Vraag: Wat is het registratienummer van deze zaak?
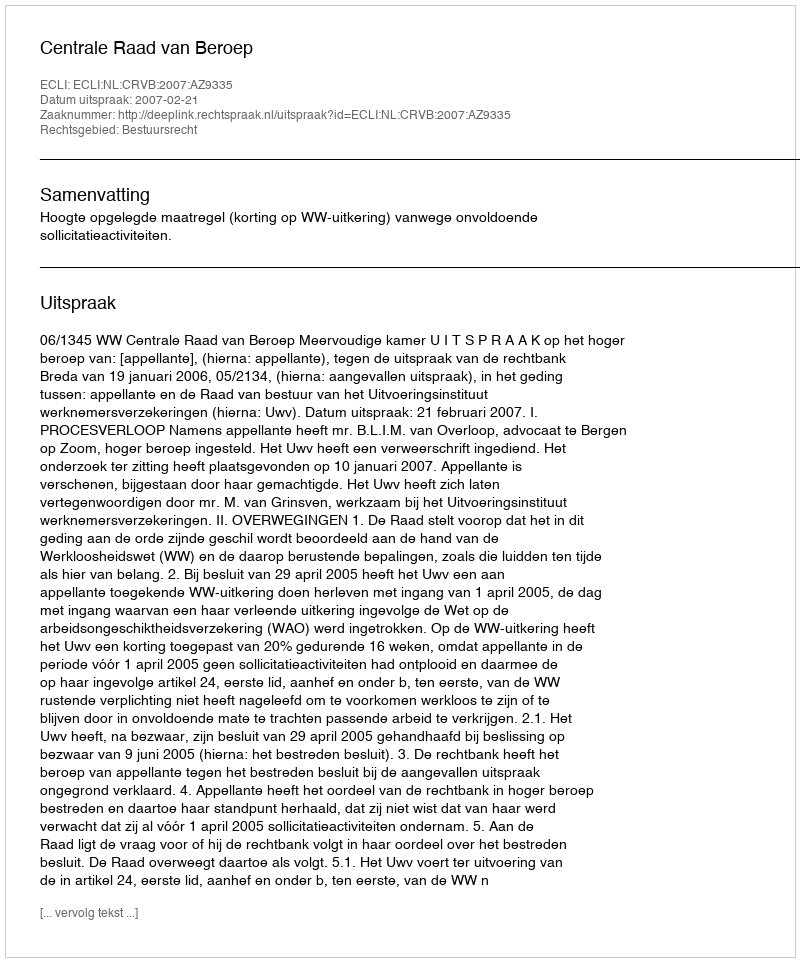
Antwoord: http://deeplink.rechtspraak.nl/uitspraak?id=ECLI:NL:CRVB:2007:AZ9335